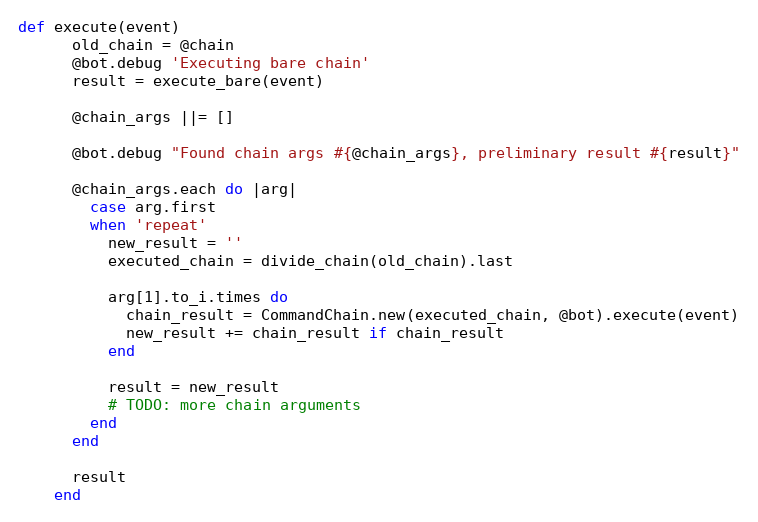
Language: Ruby
def execute(event)
      old_chain = @chain
      @bot.debug 'Executing bare chain'
      result = execute_bare(event)

      @chain_args ||= []

      @bot.debug "Found chain args #{@chain_args}, preliminary result #{result}"

      @chain_args.each do |arg|
        case arg.first
        when 'repeat'
          new_result = ''
          executed_chain = divide_chain(old_chain).last

          arg[1].to_i.times do
            chain_result = CommandChain.new(executed_chain, @bot).execute(event)
            new_result += chain_result if chain_result
          end

          result = new_result
          # TODO: more chain arguments
        end
      end

      result
    end